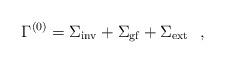
LaTeX: \begin{align*}\Gamma^{(0)} =\Sigma _{{\rm inv}}+\Sigma _{{\rm gf}}+ \Sigma _{{\rm ext}}~~,\end{align*}